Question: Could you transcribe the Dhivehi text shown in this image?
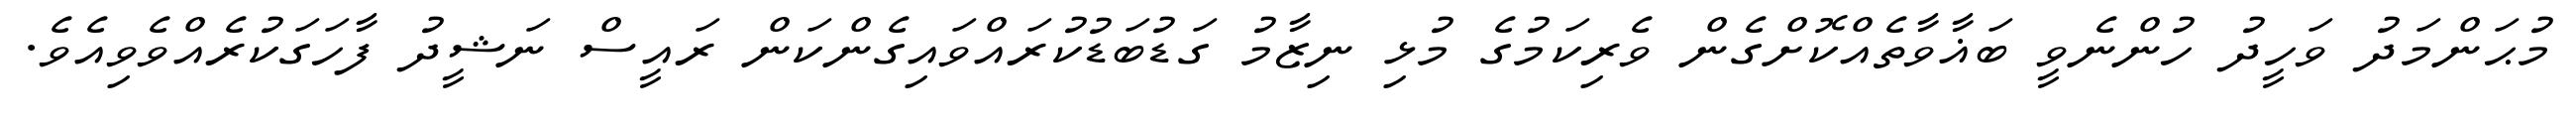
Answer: މުޙަންމަދު ވަހީދު ހުންނެވީ ބަޣާވާތެއްކޮށްގެން ވެރިކަމުގެ މުޅި ނިޒާމު ގަޑުބަޑުކުރައްވައިގެންކަން ރައީސް ނަޝީދު ފާހަގަކުރެއްވެވިއެވެ.